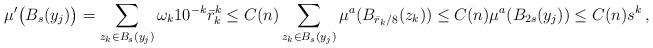
LaTeX: \begin{align*}\mu'\big(B_s(y_j)\big) = \sum_{z_k\in B_s(y_j)} \omega_k 10^{-k}\bar r_k^k\leq C(n)\sum_{z_k\in B_s(y_j)}\mu^a(B_{\bar r_k/8}(z_k))\leq C(n)\mu^a(B_{2s}(y_j))\leq C(n) s^k\, ,\end{align*}